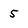
Character: 5